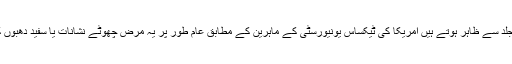
مزید پڑھیں : 6 امراض جو جلد سے ظاہر ہوتے ہیں امریکا کی ٹیکساس یونیورسٹی کے ماہرین کے مطابق عام طور پر یہ مرض چھوٹے نشانات یا سفید دھبوں کی شکل میں ظاہر ہوتا ہے ۔